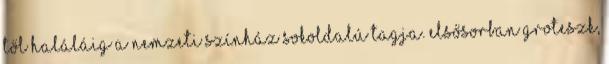
től haláláig a Nemzeti Színház sokoldalú tagja. Elsősorban groteszk,